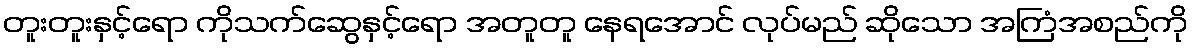
တူးတူးနှင့်ရော ကိုသက်ဆွေနှင့်ရော အတူတူ နေရအောင် လုပ်မည် ဆိုသော အကြံအစည်ကို